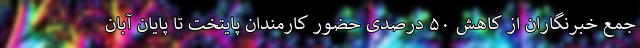
جمع خبرنگاران از کاهش ۵۰ درصدی حضور کارمندان پایتخت تا پایان آبان